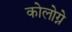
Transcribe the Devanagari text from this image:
कोलोग्ने